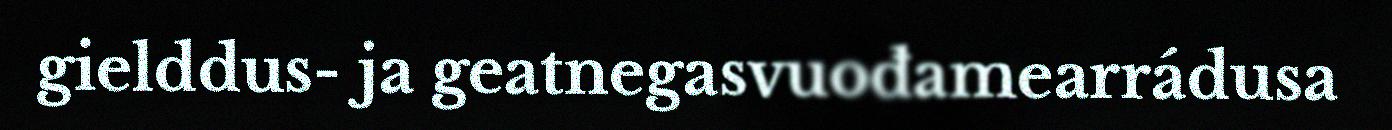
gielddus- ja geatnegasvuođamearrádusa